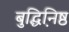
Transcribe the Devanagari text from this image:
बुद्धिनि़ष्ठ